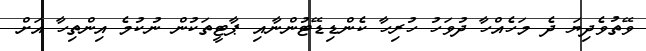
ވޭތުވެދިޔަ ދެ މަހެއްހާ ދުވަހު ހުރިހާ ކެންޑިޑޭޓުންނާއި ޕާޓީތަކުން ނުކުމެ އިންތިހާ އަށް